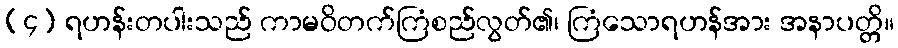
(၄) ရဟန်းတပါးသည် ကာမဝိတက်ကြံစည်လွတ်၏၊ ကြံသောရဟန်အား အနာပတ္တိ။